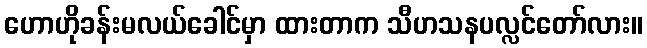
ဟောဟိုခန်းမလယ်ခေါင်မှာ ထားတာက သီဟသနပလ္လင်တော်လား။